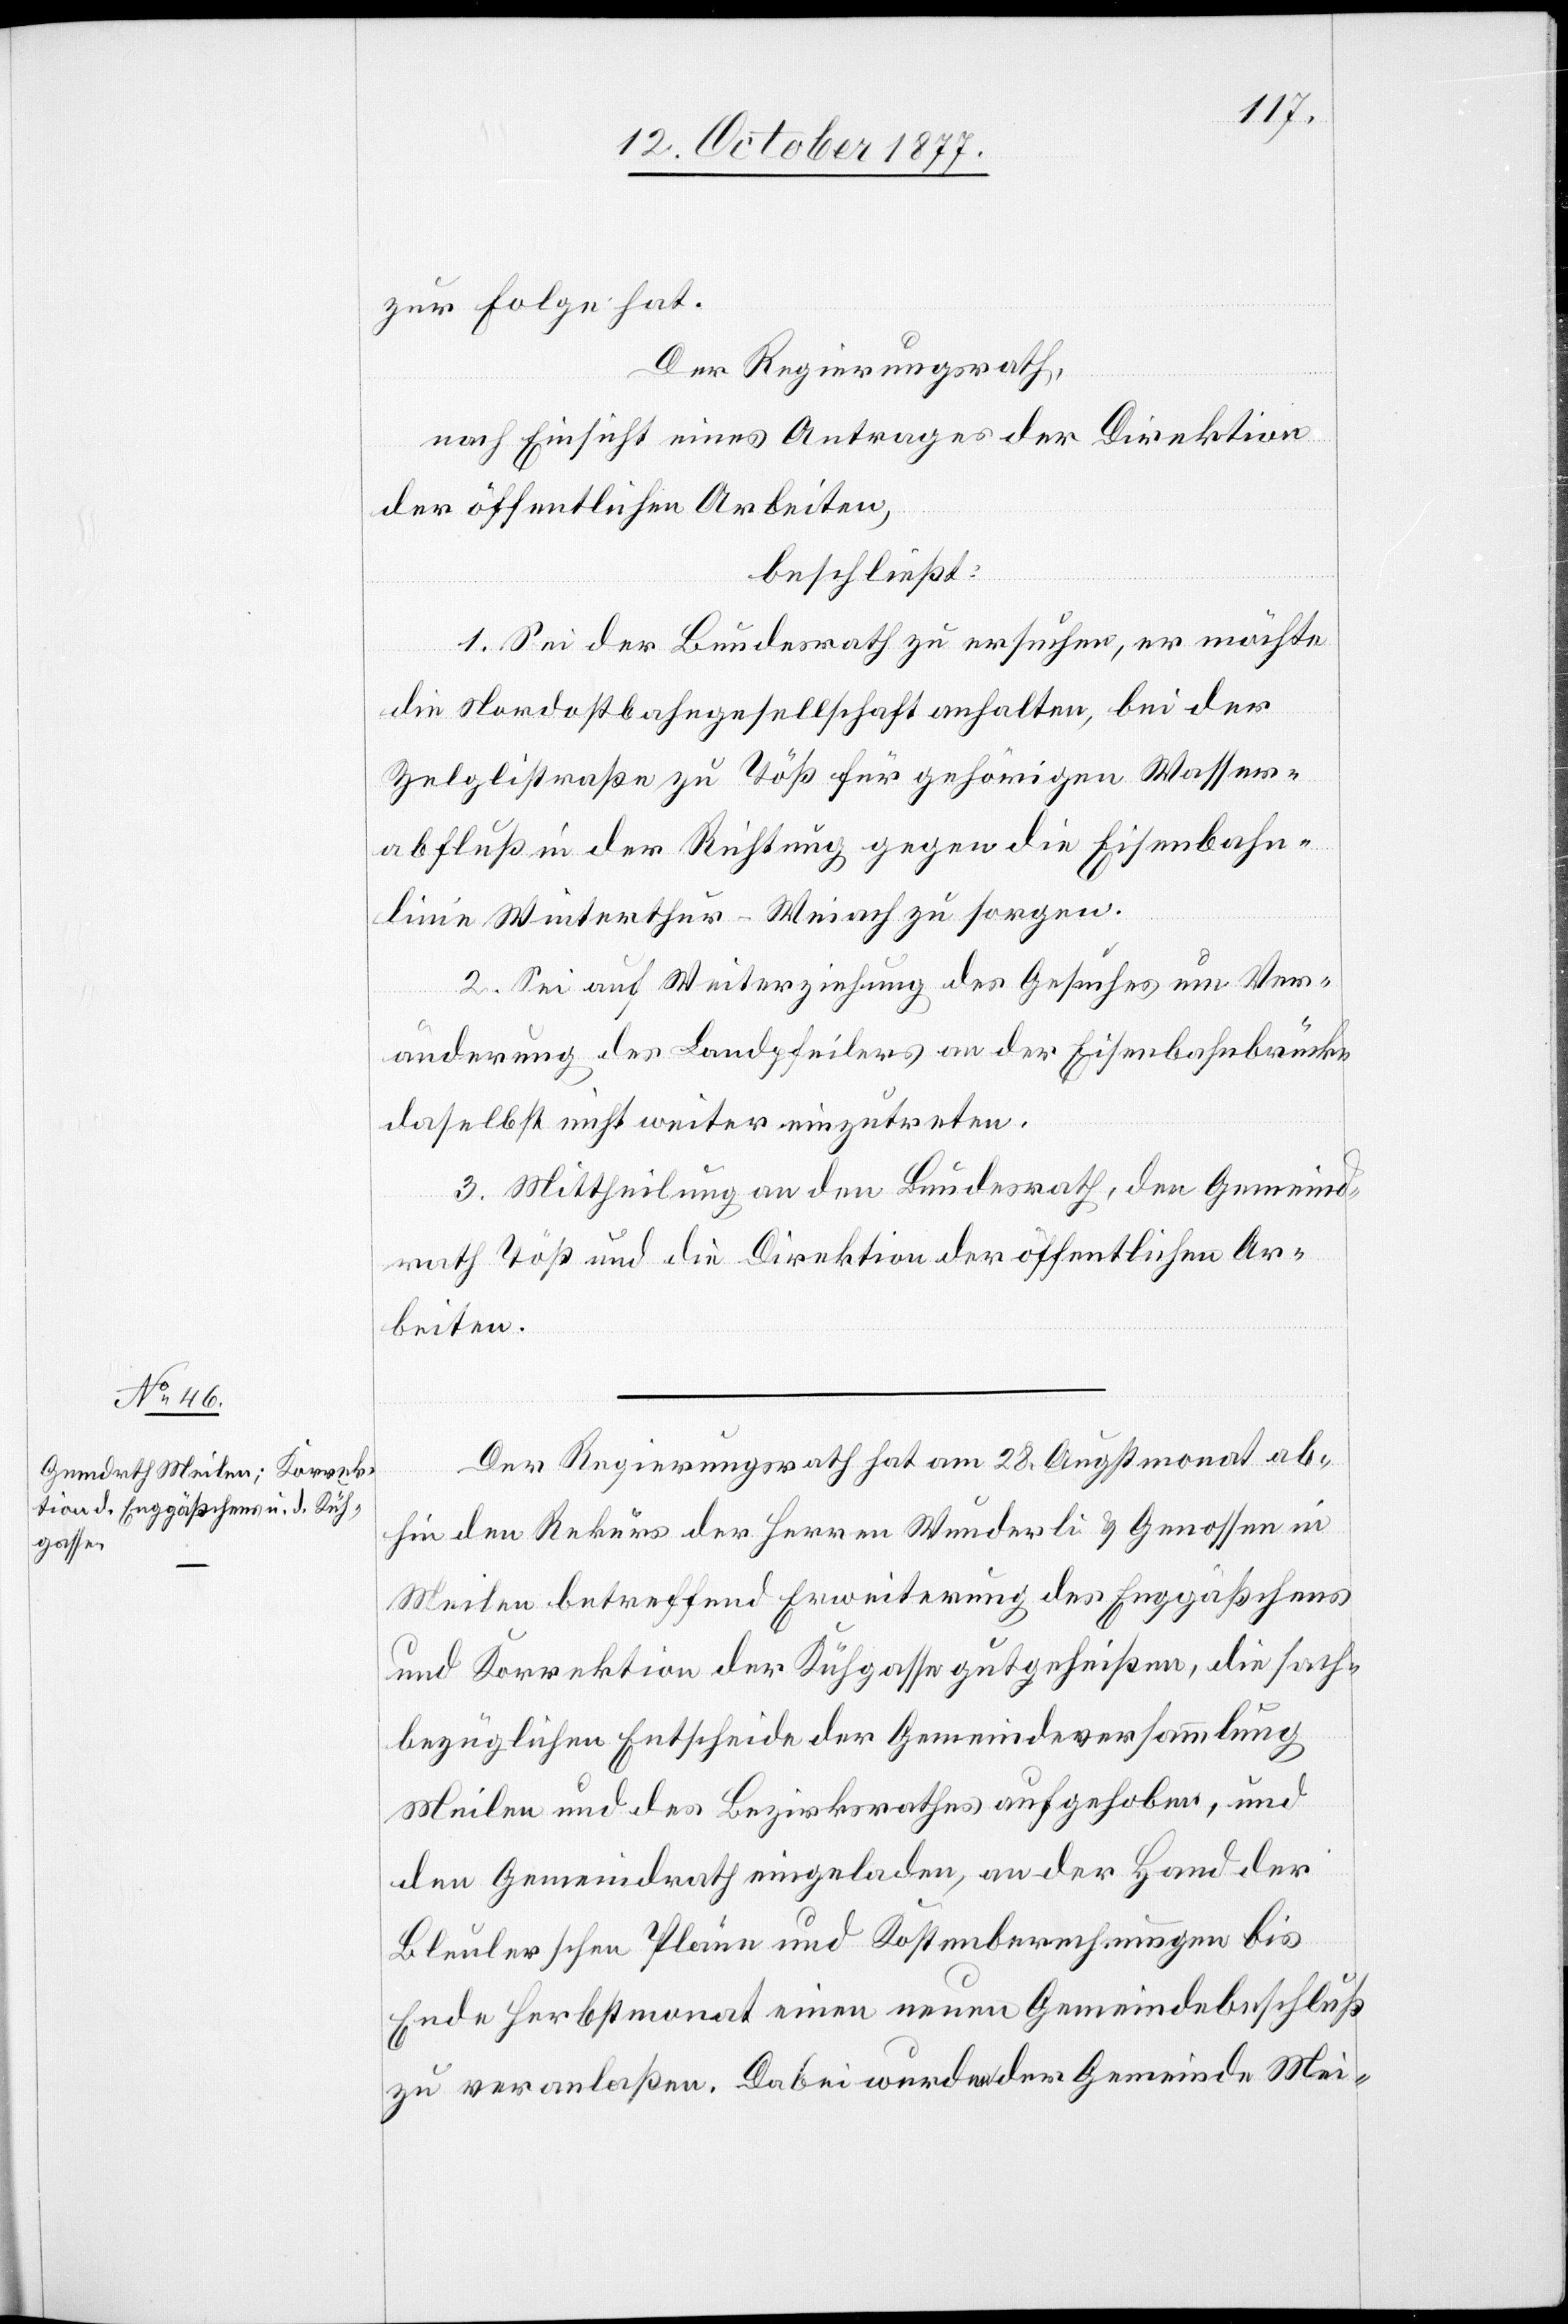
zur Folge hat.
Der Regierungsrath,
nach Einsicht eines Antrages der Direktion
der öffentlichen Arbeiten,
beschließt:
1. Sei der Bundesrath zu ersuchen, er möchte
die Nordostbahngesellschaft anhalten, bei der
Zelglistraße zu Töß für gehörigen Wasser¬
abfluß in der Richtung gegen die Eisenbahn¬
linie Winterthur–Weiach zu sorgen.
2. Sei auf Weiterziehung des Gesuches um Ver¬
änderung des Landpfeilers an der Eisenbahnbrücke
daselbst nicht weiter einzutreten.
3. Mittheilung an den Bundesrath, den Gemeind¬
rath Töß und die Direktion der öffentlichen Ar¬
beiten.
Der Regierungsrath hat am 28. Augstmonat ab¬
hin den Rekurs der Herren Wunderli & Genossen in
Meilen betreffend Erweiterung des Enggäßchens
und Korrektion der Kühgasse gutgeheißen, die sach¬
bezüglichen Entscheide der Gemeindeversammlung
Meilen und des Bezirksrathes aufgehoben, und
den Gemeindrath eingeladen, an der Hand der
Bleulerschen Pläne und Kostenberechnungen bis
Ende Herbstmonat einen neuen Gemeindebeschluß
zu veranlaßen. Dabei wurden der Gemeinde Mei-